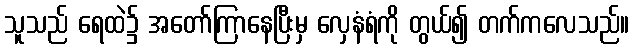
သူသည် ရေထဲ၌ အတော်ကြာနေပြီးမှ လှေနံရံကို တွယ်၍ တက်ကလေသည်။